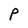
Character: P